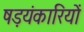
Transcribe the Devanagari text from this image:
षड़यंकारियों